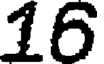
16